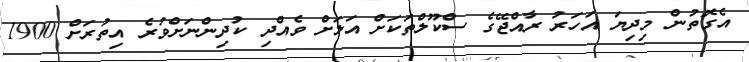
އެގޮތުން މިދިޔަ އަހަރު ރާއްޖޭގެ ސްކޫލްތަކަށް އަލަށް ވެއްދި ކުދިންނަށްވުރެ އިތުރަށް 1900